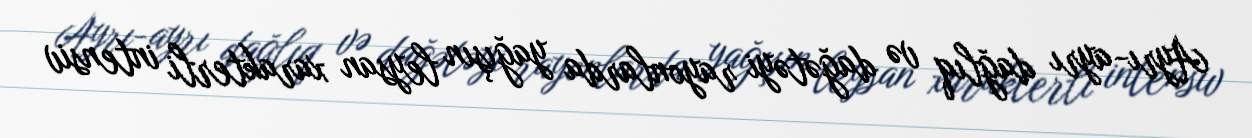
Ayrı-ayrı dağlıq və dağətəyi rayonlarda yağışın leysan xarakterli intensiv